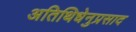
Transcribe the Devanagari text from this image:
अतिथिधेनुप्रसाद